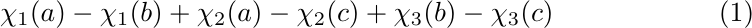
	\begin{equation}\label{eq:gaugeLd3}
		\chi_1(a)-\chi_1(b) + \chi_2(a)-\chi_2(c) +\chi_3(b)-\chi_3(c)
	\end{equation}